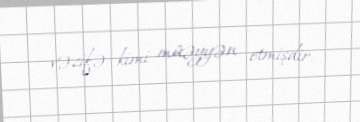
vəzifə kimi müəyyən etmişdir.